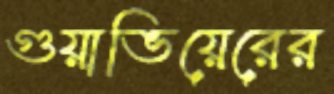
গুয়াভিয়েরের